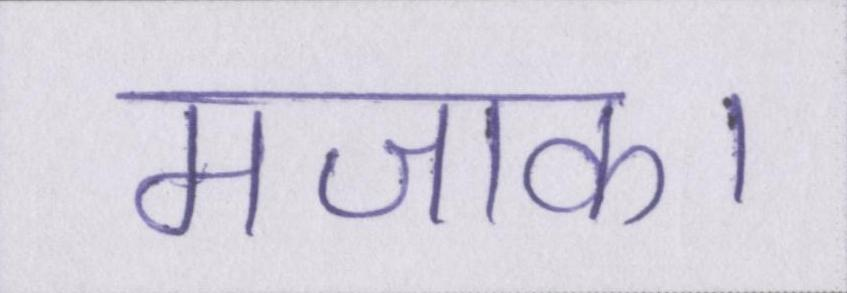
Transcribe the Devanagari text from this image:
मजाक।